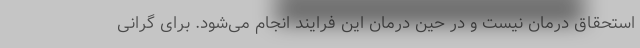
استحقاق درمان نیست و در حین درمان این فرایند انجام می‌شود. برای گرانی